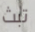
تبث